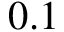
0 . 1